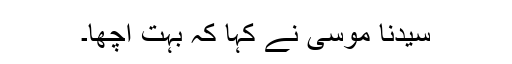
سیدنا موسیٰؑ نے کہا کہ بہت اچھا۔